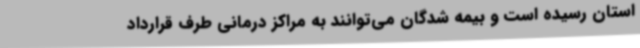
استان رسیده است و بیمه شدگان می‌توانند به مراکز درمانی طرف قرارداد